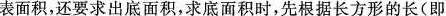
表面积，还要求出底面积，求底面积时，先根据长方形的长( 即